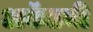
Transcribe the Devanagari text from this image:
अकॅडमी